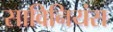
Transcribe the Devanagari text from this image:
साविनियंस